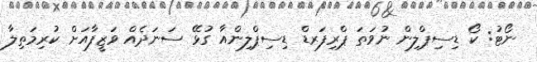
ނޯޓު: ކޯ ޑިސިޕްލިން ނުވަތަ ޕްރިފަރޑް ޑިސިޕްލިންއާ ގުޅޭ ސަނަދެއް ވަޒީފާއަށް ކުރިމަތިލާ